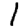
Digit: 1